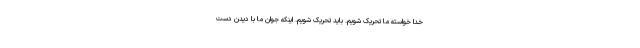
خدا خواسته ما تحریک شویم. باید تحریک شویم. اینکه جوان ما با دیدن دست